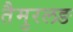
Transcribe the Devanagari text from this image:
तैमुरलङ